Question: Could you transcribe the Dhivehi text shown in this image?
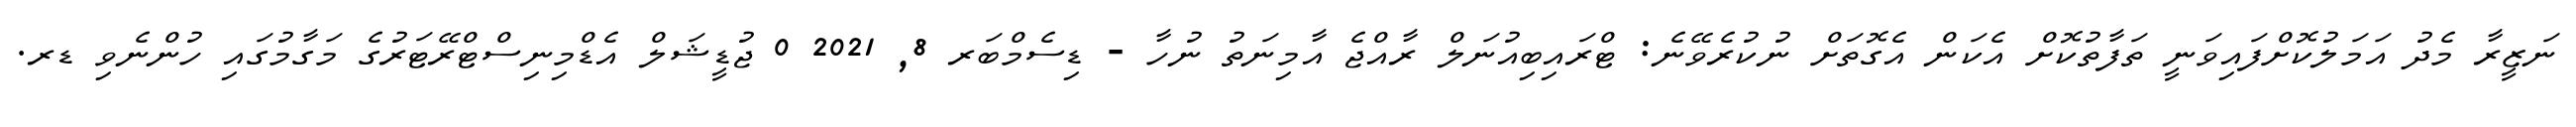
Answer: ނަޒީރާ މެދު އަމަލުކޮށްފައިވަނީ ތަފާތުކޮށް އެކަން އެގޮތަށް ނުކުރެވޭނެ: ޓްރައިބިއުނަލް ރާއްޖެ އާމިނަތު ނުހާ - ޑިސެމްބަރ 8, 2021 0 ޖުޑީޝަލް އެޑްމިނިސްޓްރޭޓަރުގެ މަގާމުގައި ހުންނެވި ޑރ.